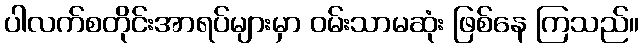
ပါလက်စတိုင်းအာရပ်များမှာ ဝမ်းသာမဆုံး ဖြစ်နေ ကြသည်။